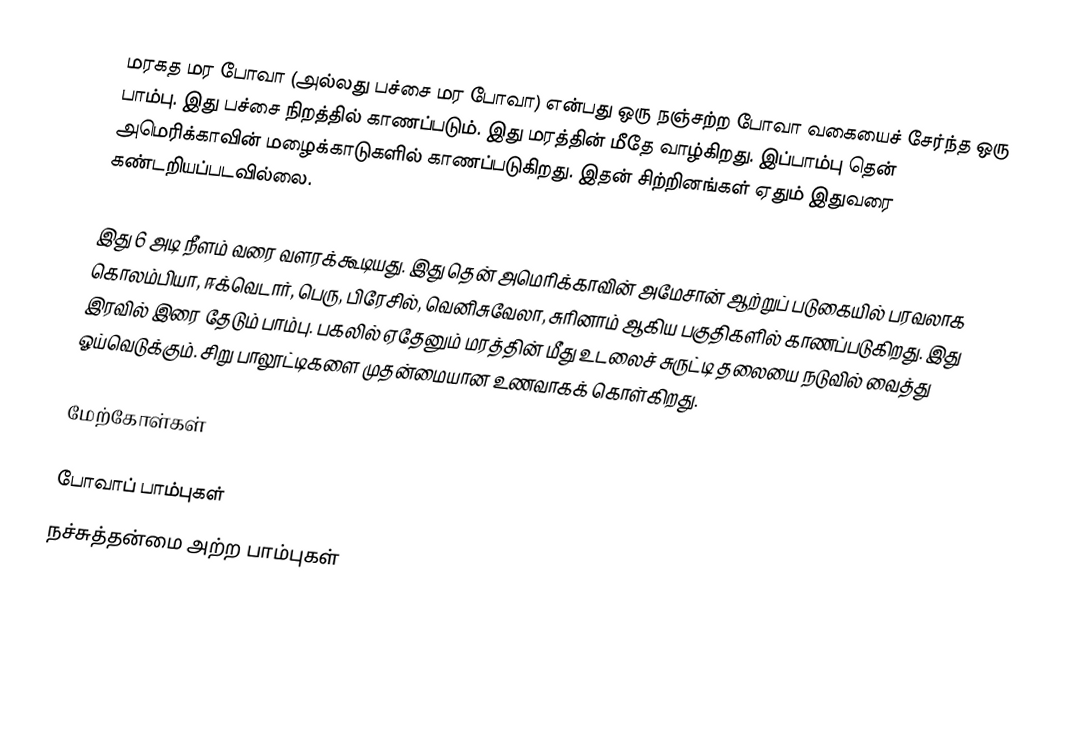
மரகத மர போவா (அல்லது பச்சை மர போவா) என்பது ஒரு நஞ்சற்ற போவா வகையைச் சேர்ந்த ஒரு பாம்பு. இது பச்சை நிறத்தில் காணப்படும். இது மரத்தின் மீதே வாழ்கிறது. இப்பாம்பு தென் அமெரிக்காவின் மழைக்காடுகளில் காணப்படுகிறது. இதன் சிற்றினங்கள் ஏதும் இதுவரை கண்டறியப்படவில்லை.

இது 6 அடி நீளம் வரை வளரக்கூடியது. இது தென் அமெரிக்காவின் அமேசான் ஆற்றுப் படுகையில் பரவலாக கொலம்பியா, ஈக்வெடார், பெரு, பிரேசில், வெனிசுவேலா, சுரினாம் ஆகிய பகுதிகளில் காணப்படுகிறது. இது இரவில் இரை தேடும் பாம்பு. பகலில் ஏதேனும் மரத்தின் மீது உடலைச் சுருட்டி தலையை நடுவில் வைத்து ஓய்வெடுக்கும். சிறு பாலூட்டிகளை முதன்மையான உணவாகக் கொள்கிறது.

மேற்கோள்கள்

போவாப் பாம்புகள்
நச்சுத்தன்மை அற்ற பாம்புகள்